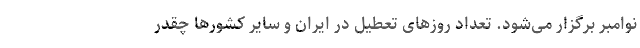
نوامبر برگزار می‌شود. تعداد روزهای تعطیل در ایران و سایر کشورها چقدر